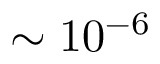
\sim 1 0 ^ { - 6 }